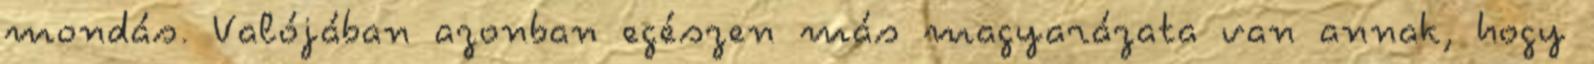
mondás. Valójában azonban egészen más magyarázata van annak, hogy